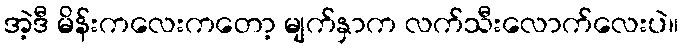
အဲ့ဒီ မိန်းကလေးကတော့ မျက်နှာက လက်သီးလောက်လေးပဲ။